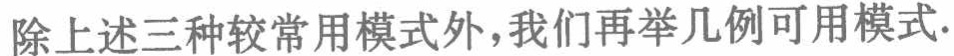
除上述三种较常用模式外，我们再举几例可用模式.